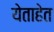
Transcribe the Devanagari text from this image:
येताहेत